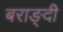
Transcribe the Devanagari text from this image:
बराङ्दी